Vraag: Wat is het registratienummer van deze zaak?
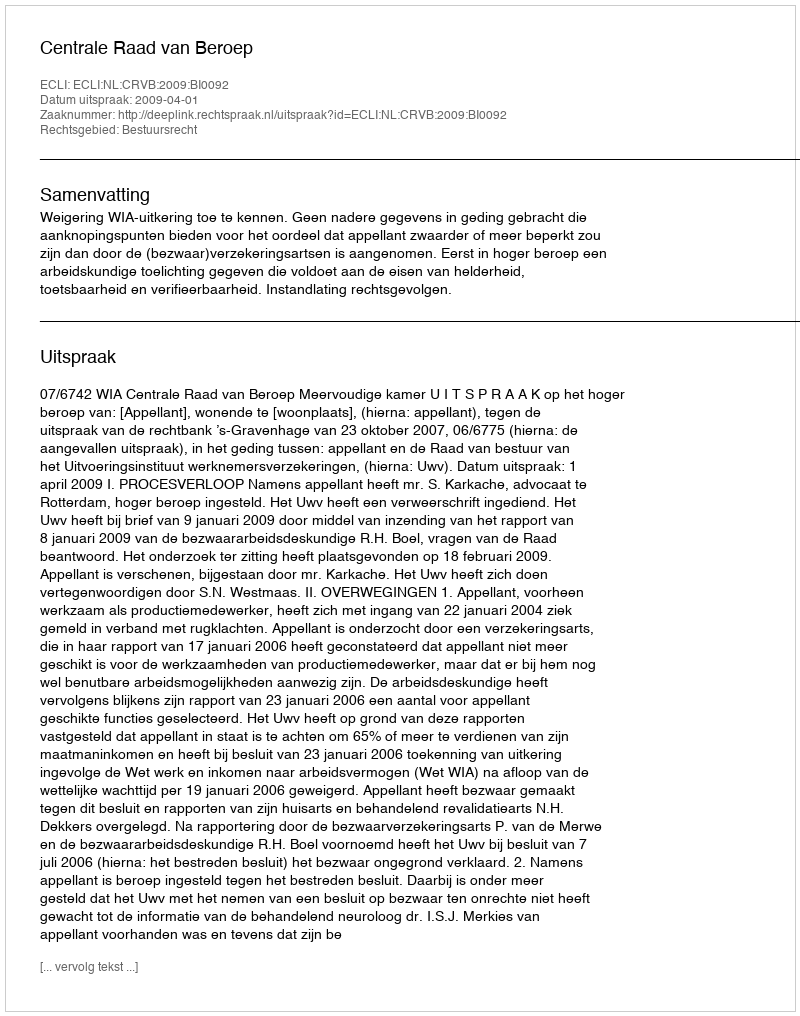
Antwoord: http://deeplink.rechtspraak.nl/uitspraak?id=ECLI:NL:CRVB:2009:BI0092